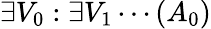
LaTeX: \exists V_{0}:\exists V_{1}\cdots(A_{0})